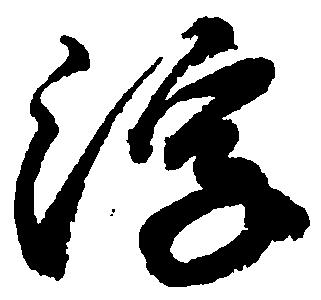
浮